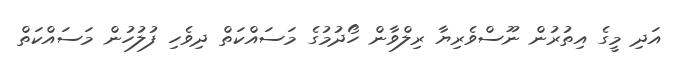
އަދި މީގެ އިތުރުން ނޫސްވެރިޔާ ރިލްވާން ހޯދުމުގެ މަސައްކަތް ދިވެހި ފުލުހުން މަސައްކަތް